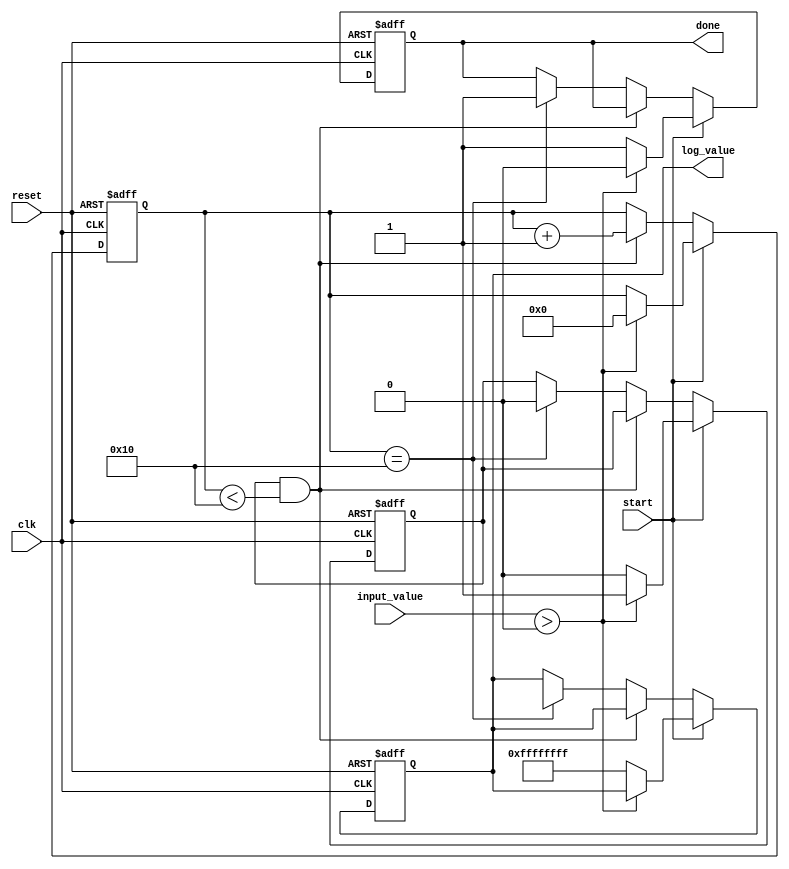
module cordic_logarithm (
    input wire clk,
    input wire reset,
    input wire start,
    input wire [31:0] input_value, // Fixed-point input value
    output reg [31:0] log_value,    // Fixed-point output value
    output reg done
);

    // Parameters
    parameter NUM_ITERATIONS = 16; // Number of iterations for CORDIC
    parameter ANGLE_TABLE_SIZE = NUM_ITERATIONS;

    // Internal signals
    reg [31:0] x[0:NUM_ITERATIONS-1]; // X values for CORDIC
    reg [31:0] y[0:NUM_ITERATIONS-1]; // Y values for CORDIC
    reg [31:0] z[0:NUM_ITERATIONS-1]; // Z values for CORDIC (angle)
    reg [31:0] angle_table[0:ANGLE_TABLE_SIZE-1]; // Precomputed angle table
    reg [4:0] iteration_count; // Iteration counter
    reg valid_input; // Flag for valid input
    reg [31:0] scale_factor; // Scaling factor
    reg [31:0] temp_x, temp_y, temp_z; // Temporary variables for calculations

    // Initialize angle table (arctangent values)
    initial begin
        angle_table[0] = 32'h00000000; // atan(2^0) = 0
        angle_table[1] = 32'h3F19999A; // atan(2^-1) = 0.25
        angle_table[2] = 32'h3E4CCCCD; // atan(2^-2) = 0.125
        angle_table[3] = 32'h3D999999; // atan(2^-3) = 0.0625
        // Fill in the rest of the angle table as needed
    end

    // CORDIC Logarithm FSM
    always @(posedge clk or posedge reset) begin
        if (reset) begin
            log_value <= 0;
            done <= 0;
            iteration_count <= 0;
            valid_input <= 0;
        end else if (start) begin
            if (input_value > 0) begin
                valid_input <= 1;
                x[0] <= input_value; // Initialize x with input value
                y[0] <= 0;           // Initialize y to 0
                z[0] <= 0;           // Initialize z to 0
                iteration_count <= 0;
                done <= 0;
            end else begin
                valid_input <= 0; // Invalid input
                log_value <= 32'hFFFFFFFF; // Indicate error
                done <= 1; // Signal done
            end
        end else if (valid_input && iteration_count < NUM_ITERATIONS) begin
            // CORDIC iteration
            temp_x = x[iteration_count];
            temp_y = y[iteration_count];
            temp_z = z[iteration_count];

            if (temp_y < 0) begin
                x[iteration_count + 1] <= temp_x + (temp_y >>> iteration_count);
                y[iteration_count + 1] <= temp_y + (temp_x >>> iteration_count);
                z[iteration_count + 1] <= temp_z - angle_table[iteration_count];
            end else begin
                x[iteration_count + 1] <= temp_x - (temp_y >>> iteration_count);
                y[iteration_count + 1] <= temp_y - (temp_x >>> iteration_count);
                z[iteration_count + 1] <= temp_z + angle_table[iteration_count];
            end

            iteration_count <= iteration_count + 1;
        end else if (iteration_count == NUM_ITERATIONS) begin
            // Final output
            log_value <= z[NUM_ITERATIONS]; // Output the computed logarithm
            done <= 1; // Signal done
            valid_input <= 0; // Reset valid input flag
        end
    end

endmodule